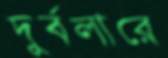
দুর্বলারে